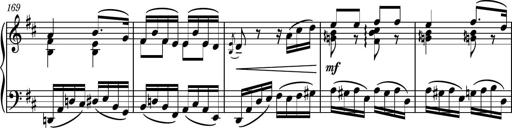
Title: Piano Sonatina No.6
Composer: Dimitri Sykias
Key: A major